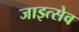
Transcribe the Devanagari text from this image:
जाइत्सेव